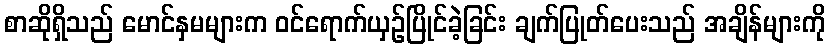
စာဆိုရှိသည် မောင်နှမများက ဝင်ရောက်ယှဉ်ပြိုင်ခဲ့ခြင်း ချက်ပြုတ်ပေးသည် အချိန်များကို